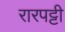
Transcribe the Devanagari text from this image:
रारपट्टी